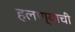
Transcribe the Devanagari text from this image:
हलण्याची